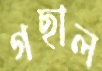
গছাল